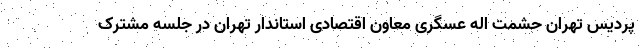
پردیس تهران حشمت اله عسگری معاون اقتصادی استاندار تهران در جلسه مشترک